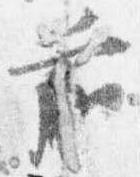
前